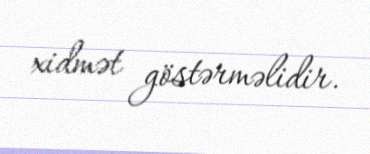
xidmət göstərməlidir.